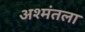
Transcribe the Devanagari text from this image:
अश्मंतला